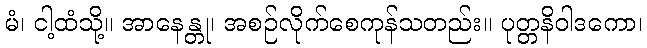
မံ၊ ငါ့ထံသို့။ အာနေန္တု၊ အစဉ်လိုက်စေကုန်သတည်း။ ပုတ္တနိဝါဒကော၊